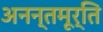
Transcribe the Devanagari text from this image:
अनन्तमूर्ति